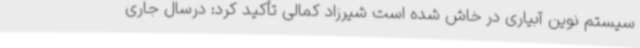
سیستم نوین آبیاری در خاش شده است شیرزاد کمالی تأکید کرد: درسال جاری